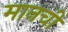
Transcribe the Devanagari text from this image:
मानची